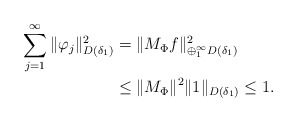
\begin{align*}\sum_{j=1} ^\infty \|\varphi_j\|_{D(\delta_1)}^2 &= \|M_\Phi f\|_{\oplus_1^\infty D(\delta_1)}^2\\&\leq \|M_\Phi\|^2 \|1\|_{D(\delta_1)} \leq 1.\end{align*}